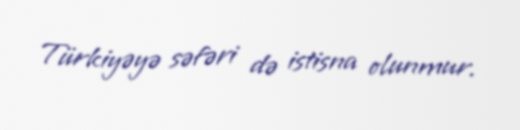
Türkiyəyə səfəri də istisna olunmur.